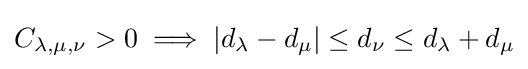
C_{\lambda ,\mu ,\nu }>0\implies |d_{\lambda }-d_{\mu }|\leq d_{\nu }\leq d_{\lambda }+d_{\mu }